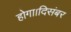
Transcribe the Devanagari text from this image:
होगा।दिसंबर